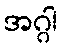
အဂ္ဂါ